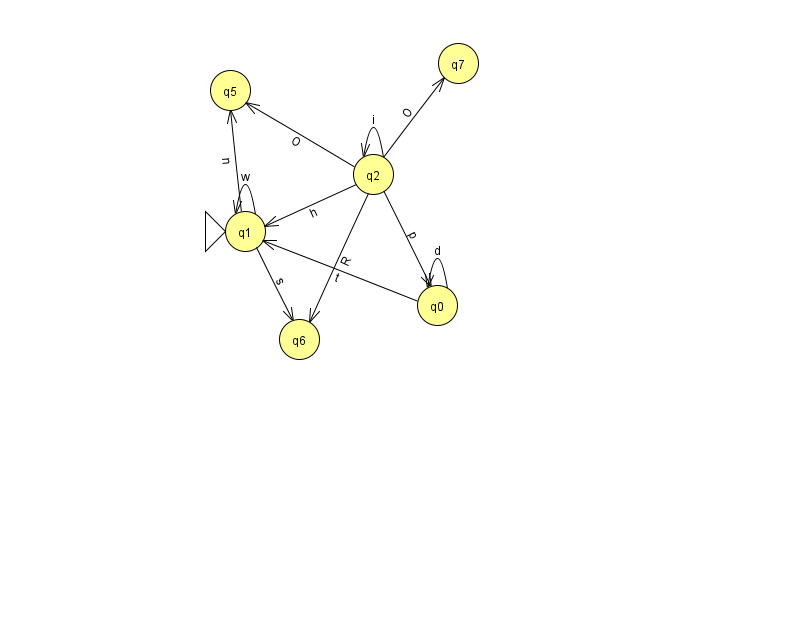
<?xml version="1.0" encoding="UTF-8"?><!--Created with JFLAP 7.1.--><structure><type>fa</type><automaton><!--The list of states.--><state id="0" name="q0"><x>437.0</x><y>292.0</y></state><state id="1" name="q1"><x>245.0</x><y>218.0</y><initial/></state><state id="2" name="q2"><x>373.0</x><y>161.0</y></state><state id="5" name="q5"><x>230.0</x><y>77.0</y></state><state id="6" name="q6"><x>299.0</x><y>326.0</y></state><state id="7" name="q7"><x>458.0</x><y>50.0</y></state><!--The list of transitions.--><transition><from>2</from><to>5</to><read>O</read></transition><transition><from>0</from><to>1</to><read>t</read></transition><transition><from>2</from><to>0</to><read>p</read></transition><transition><from>0</from><to>0</to><read>d</read></transition><transition><from>1</from><to>5</to><read>n</read></transition><transition><from>1</from><to>1</to><read>w</read></transition><transition><from>2</from><to>2</to><read>i</read></transition><transition><from>1</from><to>6</to><read>s</read></transition><transition><from>2</from><to>7</to><read>O</read></transition><transition><from>2</from><to>1</to><read>h</read></transition><transition><from>2</from><to>6</to><read>R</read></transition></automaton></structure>